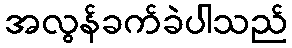
အလွန်ခက်ခဲပါသည်